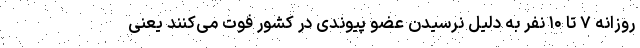
روزانه ۷ تا ۱۰ نفر به دلیل نرسیدن عضو پیوندی در کشور فوت می‌کنند یعنی